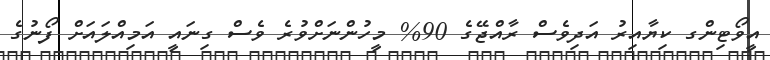
އީވޯޓިންގ ކިޔާއިރު އަދިވެސް ރާއްޖޭގެ 90% މީހުންނަށްވުރެ ވެސް ގިނައީ އަމިއްލައަށް ފޯނުގެ